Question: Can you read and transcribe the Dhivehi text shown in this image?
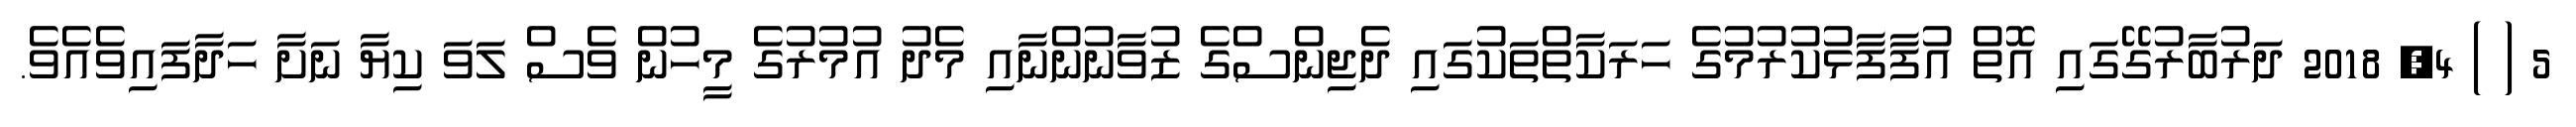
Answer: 5 ( ) 4, 2018 ދަރުބާރުގޭގައި އޮތް އުފާފާޅުކުރުމުގެ ހަރަކާތްތަކުގައި ދެޖިންސްގެ ޒުވާނުންނާއި މެދު އުމުރުގެ މީހުން ވެސް ލަވަ ކިޔާ ނަށާ ހަދާފައިވެއެވެ.